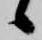
候